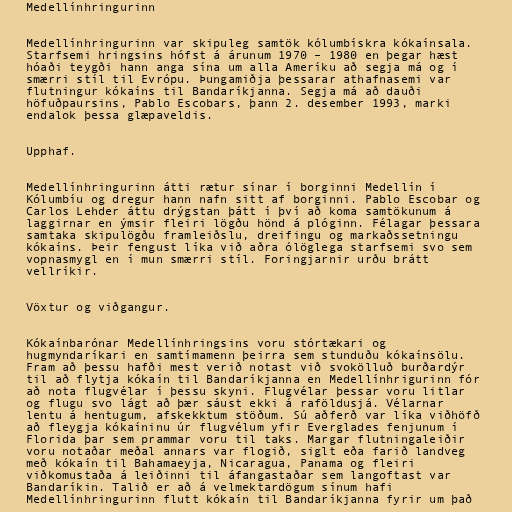
Medellínhringurinn

Medellínhringurinn var skipuleg samtök kólumbískra kókaínsala.
Starfsemi hringsins hófst á árunum 1970 – 1980 en þegar hæst
hóaði teygði hann anga sína um alla Ameríku að segja má og í
smærri stíl til Evrópu. Þungamiðja þessarar athafnasemi var
flutningur kókaíns til Bandaríkjanna. Segja má að dauði
höfuðpaursins, Pablo Escobars, þann 2. desember 1993, marki
endalok þessa glæpaveldis.

Upphaf.

Medellínhringurinn átti rætur sínar í borginni Medellín í
Kólumbíu og dregur hann nafn sitt af borginni. Pablo Escobar og
Carlos Lehder áttu drýgstan þátt í því að koma samtökunum á
laggirnar en ýmsir fleiri lögðu hönd á plóginn. Félagar þessara
samtaka skipulögðu framleiðslu, dreifingu og markaðssetningu
kókaíns. Þeir fengust líka við aðra ólöglega starfsemi svo sem
vopnasmygl en í mun smærri stíl. Foringjarnir urðu brátt
vellríkir.

Vöxtur og viðgangur.

Kókaínbarónar Medellínhringsins voru stórtækari og
hugmyndaríkari en samtímamenn þeirra sem stunduðu kókaínsölu.
Fram að þessu hafði mest verið notast við svokölluð burðardýr
til að flytja kókaín til Bandaríkjanna en Medellínhrigurinn fór
að nota flugvélar í þessu skyni. Flugvélar þessar voru litlar
og flugu svo lágt að þær sáust ekki á raföldusjá. Vélarnar
lentu á hentugum, afskekktum stöðum. Sú aðferð var líka viðhöfð
að fleygja kókaíninu úr flugvélum yfir Everglades fenjunum í
Florida þar sem prammar voru til taks. Margar flutningaleiðir
voru notaðar meðal annars var flogið, siglt eða farið landveg
með kókaín til Bahamaeyja, Nicaragua, Panama og fleiri
viðkomustaða á leiðinni til áfangastaðar sem langoftast var
Bandaríkin. Talið er að á velmektardögum sínum hafi
Medellínhringurinn flutt kókaín til Bandaríkjanna fyrir um það